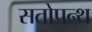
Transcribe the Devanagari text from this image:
सतोपन्थ